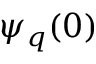
\psi _ { q } ( 0 )